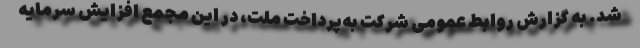
شد. به گزارش روابط عمومی شرکت به‌پرداخت ملت، در این مجمع افزایش سرمایه